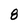
Character: 8